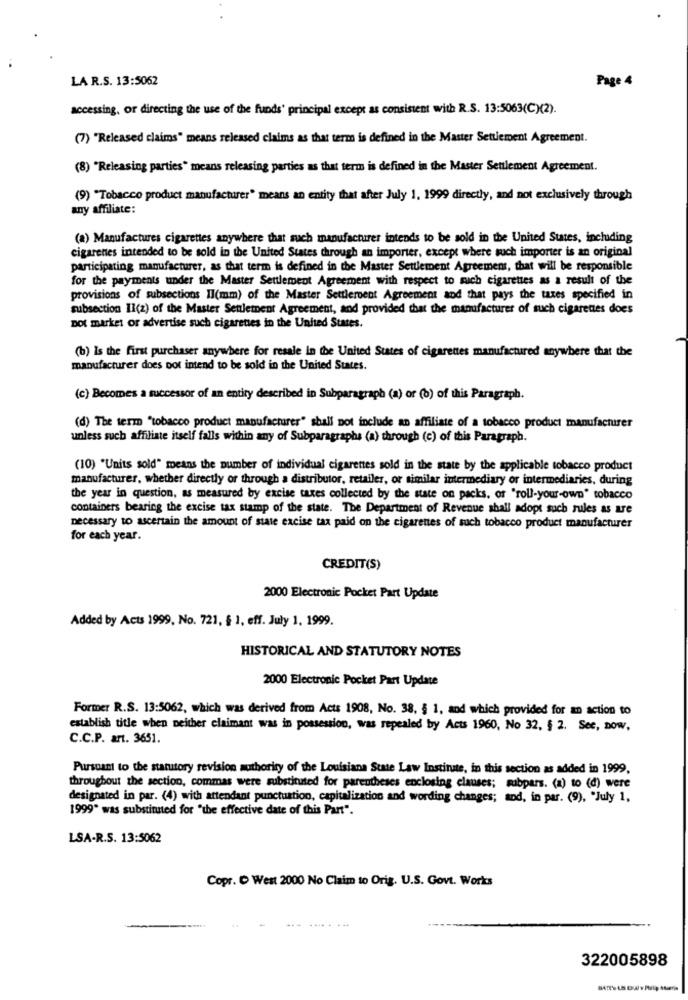
LA R.S. 13:5062
Page 4
accessing, or directing the use of the funds' principal except as consistent with R.S. 13:5063(C)(2).
(7) "Released claims" means released claims as that term is defined in the Master Settlement Agreement.
(8) "Releasing parties" means releasing parties as that term is defined in the Master Settlement Agreement.
(9) "Tobacco product manufacturer" means an entity that after July 1, 1999 directly, and not exclusively through
any affiliate:
(a) Manufactures cigarettes anywhere that such manufacturer intends to be sold in the United States, including
cigarenes intended to be sold in the United States through an importer, except where such importer is an original
participating manufacturer, as that term is defined in the Master Settlement Agreement, that will be responsible
for the payments under the Master Settlement Agreement with respect to much cigarettes as a result of the
provisions of subsections Il(mm) of the Master Settlement Agreement and that pays the taxes specified in
subsection 11(2) of the Master Settlement Agreement, and provided that the manufacturer of such cigarettes does
not market or advertise such cigarettes in the United States.
(b) Is the first purchaser anywhere for resale In the United States of cigarettes manufactured anywhere that the
manufacturer does not intend to be sold in the United States.
(c) Becomes a successor of an entity described in Subparagraph (a) or (o) of this Paragraph.
(d) The term "tobacco product manufacturer" shall not include an affiliate of a tobacco product manufacturer
unless such affiliate itself falls within any of Subparagraphs (a) through (c) of this Paragraph.
(10) "Units sold" means the number of individual cigarettes sold in the state by the applicable tobacco product
manufacturer, whether directly or through a distributor, retailer, or similar intermediary or intermediaries, during
the year in question, as measured by excise taxes collected by the state on packs, of "roll-your-own" tobacco
containers bearing the excise tax stamp of the state. The Department of Revenue shall adopt such rules as are
necessary to ascertain the amount of state excise tax paid on the cigarettes of such tobacco product manufacturer
for each year.
CREDIT(S)
2000 Electronic Pocket Part Update
Added by Acts 1999, No. 721, § 1, eff. July 1, 1999.
HISTORICAL AND STATUTORY NOTES
2000 Electronic Pocket Part Update
Former R.S. 13:5062, which was derived from Acts 1908, No. 38, § 1, and which provided for an action to
establish title when neither claimant was in possession, was repealed by Acts 1960, No 32, § 2. See, now,
C.C.P. art. 3651.
Pursuant to the statutory revision authority of the Louisiana State Law Institute, in this section as added in 1999,
throughout the section, commas were substituted for parentheses enclosing clauses; mbpars. (a) to (d) were
designated in par. (4) with attendant punctuation, capitalization and wording changes; and, in par. (9), "July 1,
1999" was substituted for "the effective date of this Part".
LSA-R.S. 13:5062
Copr. C West 2000 No Claim to Orig. U.S. Govt. Works
322005898